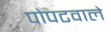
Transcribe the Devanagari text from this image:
पोपटवाले